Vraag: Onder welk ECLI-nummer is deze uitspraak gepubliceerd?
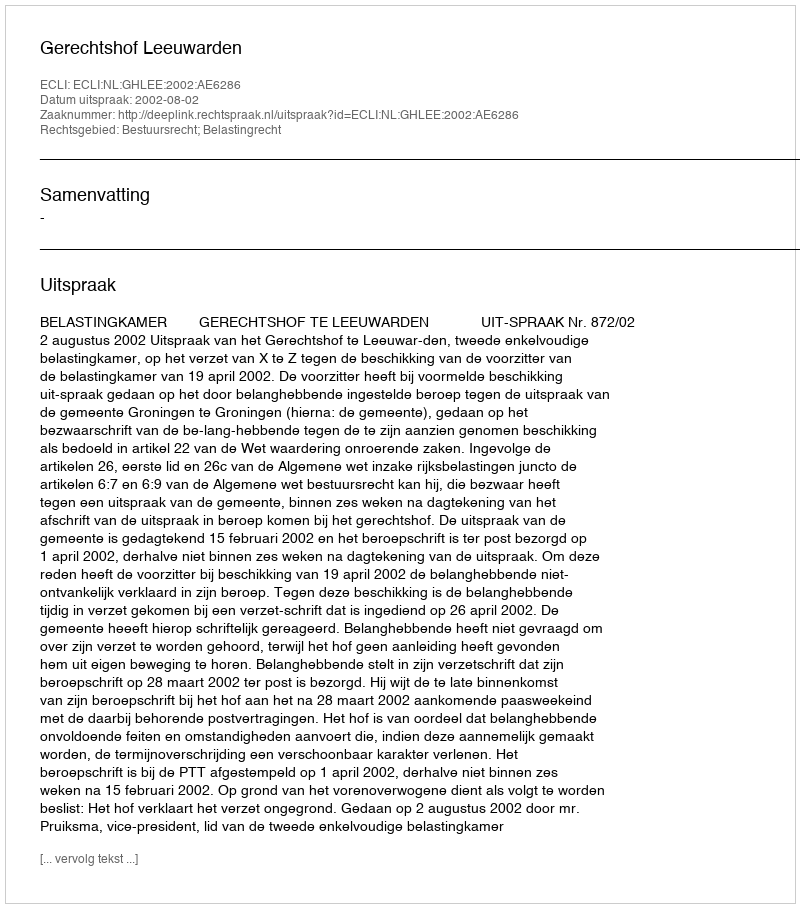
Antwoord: ECLI:NL:GHLEE:2002:AE6286